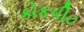
કોકપીટ